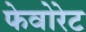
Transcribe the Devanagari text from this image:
फेवोरेट